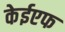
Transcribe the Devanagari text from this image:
केईएफ